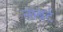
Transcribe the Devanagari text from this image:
लम्बर्ट